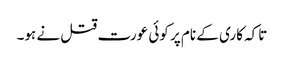
تاکہ کاری کے نام پر کوئی عورت قتل نے ہو۔